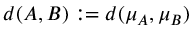
d ( A , B ) : = d ( \mu _ { A } , \mu _ { B } )